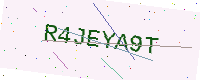
Text: R4JEYA9T